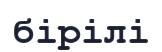
бірілі